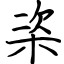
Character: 栥